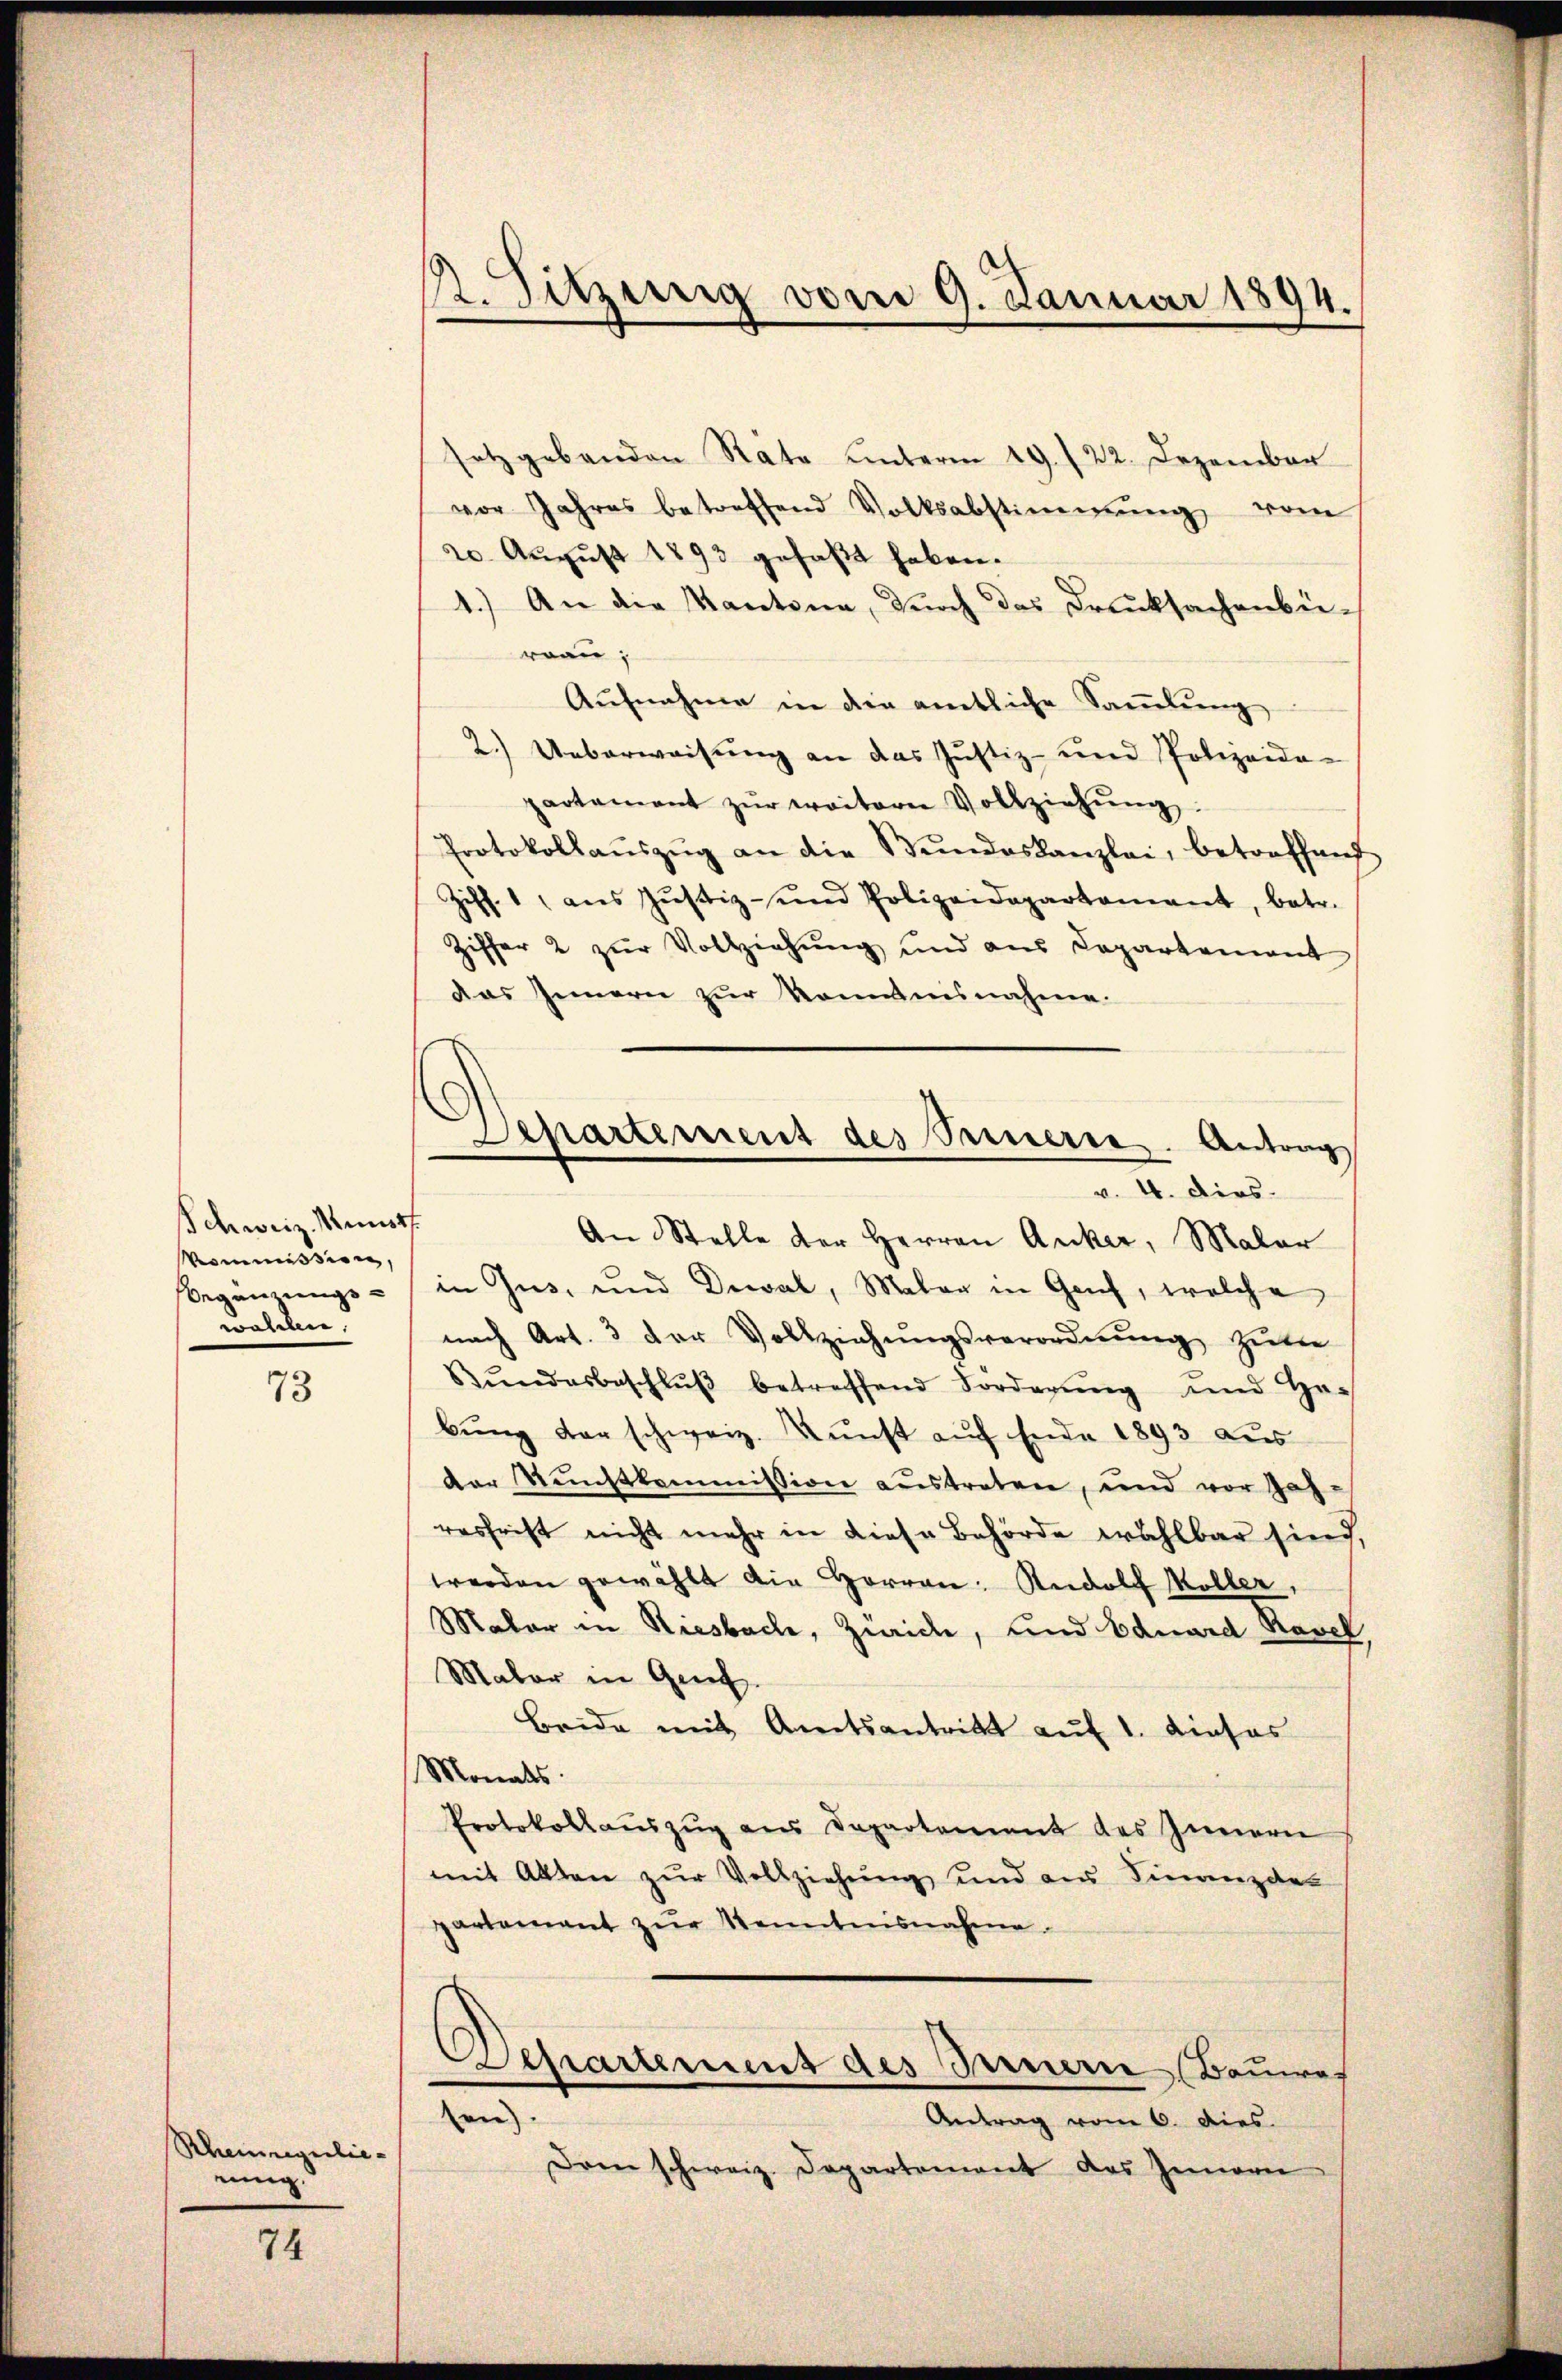
Schweiz. Kunstf
Vommission,
wahlen

73

Rheinregulie
einig.

74

setzgebenden Räte unterm 19. 122. Dezember
vor Jahres betreffend Volksabstimmung vom
20. August 1893 gefaßt haben.
1.) An die Kantone, durch das Druksachenbü-
rrau;
Aŭfnahme in die amtliche Saṁlŭng
2.) Ueberweisung an das Justiz- und Polizeide-
partement zŭr weiterer Vollziehŭng.
Protokollaŭszŭg an die Stŭndeskanzlei, betreffend
Ziff. 1 aŭs Jŭstiz- und Polizeidepartement, betr.
Ziffer 2 zŭr Vollziehŭng und ans Departement
das Innern zur kommnisnahme.
An Stelle der Herren Anker, Maler
Beginnungs- in Gus, und Diwal, Maler in Genf, welche
nach Art. 3 der Vollziehŭngsverordnung guten
Bŭndesbeschlŭβ betreffend Forderŭng und Ge-
bung der schweiz. Kunst auf Ende 1893 aus
der Nustkommission austreten, und vor Jah-
resfrist nicht mehr in diese Behörde wahlbar sind,
werden gewählt die Herren: Rudolf Koller,
Maler in Riesbach, Zürich, und Eduard Ravel,
Maler in Genf.
Beide mit Amtsantritt auf 1. dieses
Monats.
Protokollauszug aus Departement des Innern
mit Akten zur Vollziehung und aus Finanzdes
partement zur Kenntnisnahme.
Separtement des Innern (Bauwes
en)
Antrag vom 6. dies
Dam schweiz. Departement das Innern

1. Sitzung vom 9. Januar 1894.

Departement des Seinerie. Antrag
v. 4. dies